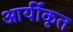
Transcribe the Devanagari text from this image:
आर्यीकृत